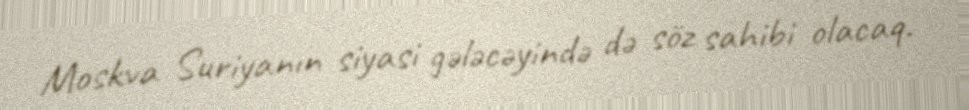
Moskva Suriyanın siyasi gələcəyində də söz sahibi olacaq.